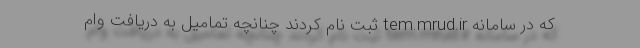
که در سامانه tem.mrud.ir ثبت نام کردند چنانچه تمامیل به دریافت وام